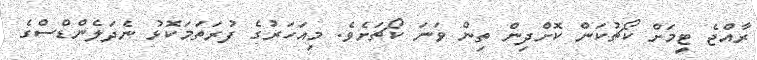
ރާއްޖެ ޓީމަށް ކޯޗުކަން ކޮށްދިން ތިން ވަނަ ކޯޗަށެވެ. މިއަހަރުގެ ފުރަތަމަކޮޅު ނެދަލެންޑްސްގެ